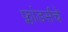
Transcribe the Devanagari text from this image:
फ्लांडर्सचे